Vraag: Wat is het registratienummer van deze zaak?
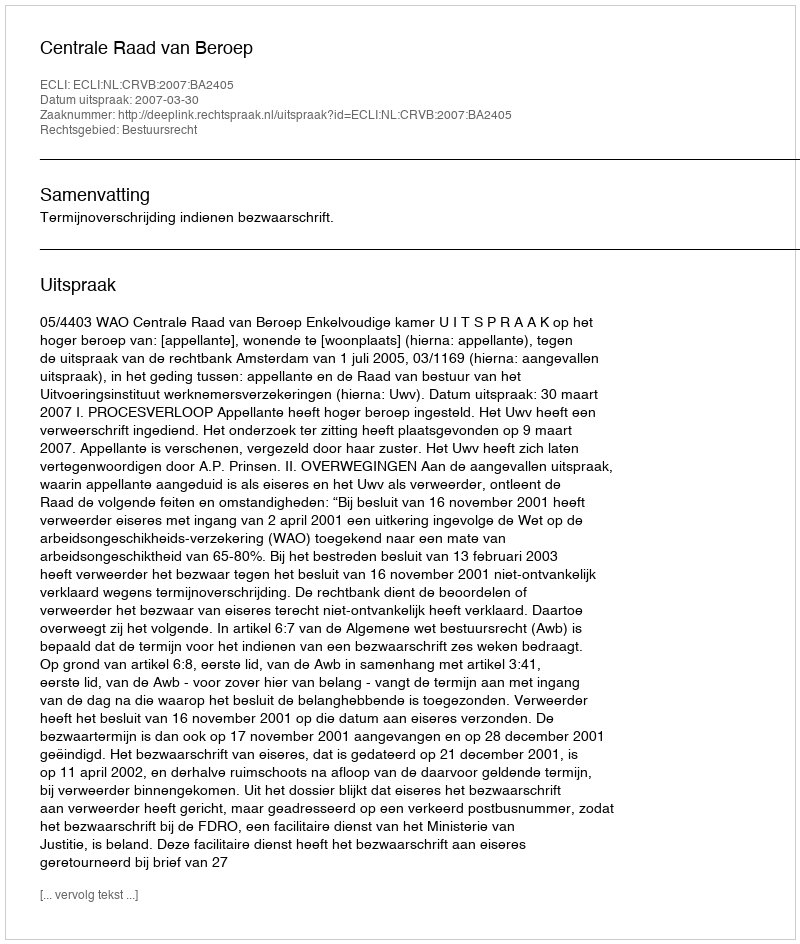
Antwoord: http://deeplink.rechtspraak.nl/uitspraak?id=ECLI:NL:CRVB:2007:BA2405